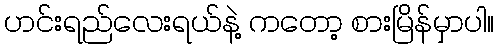
ဟင်းရည်လေးရယ်နဲ့ ကတော့ စားမြိန်မှာပါ။